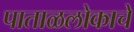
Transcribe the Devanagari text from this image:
पाताळलोकाचे